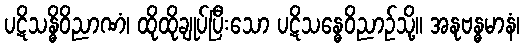
ပဋိသန္ဓိဝိညာဏံ၊ ထိုထိုချုပ်ပြီးသော ပဋိသန္ဓေဝိညာဉ်သို့။ အနုဗန္ဓမာနံ၊